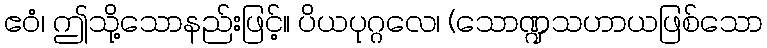
ဧဝံ၊ ဤသို့သောနည်းဖြင့်။ ပိယပုဂ္ဂလေ၊ (သောဏ္ဍသဟာယဖြစ်သော